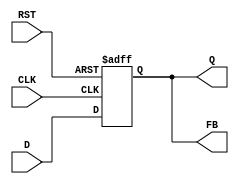
module FeedbackRegister (
    input wire CLK,     // Clock input
    input wire RST,     // Reset input
    input wire D,       // Data input
    output reg Q,       // Data output
    output wire FB      // Feedback output
);

    // Connect the feedback output to the output Q
    assign FB = Q;

    // Sequential logic with reset and clock
    always @(posedge CLK or posedge RST) begin
        if (RST) begin
            Q <= 1'b0; // Initialize output Q to 0 on reset
        end else begin
            Q <= D;    // On clock edge, capture input D
        end
    end

endmodule